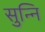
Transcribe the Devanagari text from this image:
सुन्नि